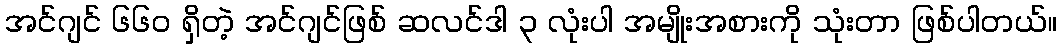
အင်ဂျင် ၆၆၀ ရှိတဲ့ အင်ဂျင်ဖြစ် ဆလင်ဒါ ၃ လုံးပါ အမျိုးအစားကို သုံးတာ ဖြစ်ပါတယ်။